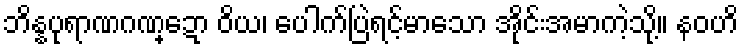
ဘိန္နပုရာဏဂဏ္ဍော ဝိယ၊ ပေါက်ပြဲရင့်မာသော အိုင်းအမာကဲ့သို့။ နဝဟိ